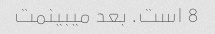
8 است. بعد میبینمت